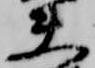
夫